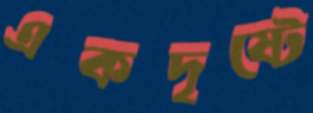
একদৃষ্টে